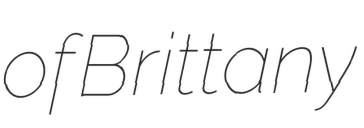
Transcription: of Brittany